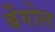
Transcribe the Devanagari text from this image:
बेंगोल